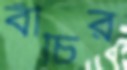
বীচির